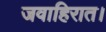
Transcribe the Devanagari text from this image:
जवाहिरात।